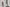
Text: 11